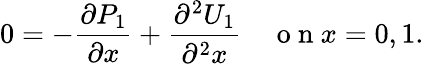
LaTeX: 0=-\frac{\partial P_{1}}{\partial x}+\frac{\partial^{2}U_{1}}{\partial^{2}x}\quad\mathrm{~o~n~}x=0,1.